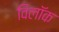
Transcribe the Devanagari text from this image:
विलॉक